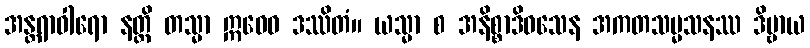
အန္တရာဝါရော နတ္ထိ တသ္မာ ဣဓေဝ ဒဿိတံ။ ယသ္မာ စ အနိစ္စာဒိဝသေန အကတသမ္မသနဿ ဒိဗ္ဗာယ